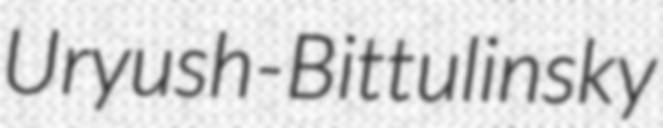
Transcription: Uryush-Bittulinsky